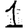
Digit: 1